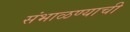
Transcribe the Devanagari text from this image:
संभाळण्याची